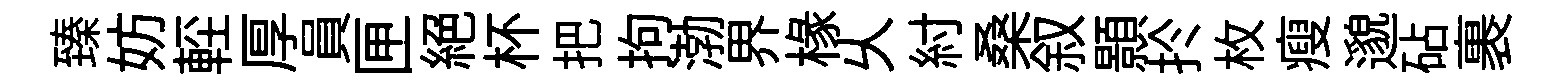
臻妨䡖厚員匣絕杯把拘渤界椽乆紂桑叙顥扵枚瘦邈砧裹